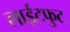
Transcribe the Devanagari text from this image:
लाईटफुट